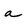
Character: a